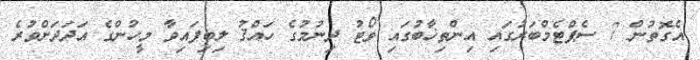
އެގޮތުން 7 ސެޕްޓެމްބަރުގައި އިންތިޚާބުގައި ވޯޓު ދިނުމުގެ ހައްޤު ލިބިފައިވާ މީހުންގެ އަދަދަށްވުރެ